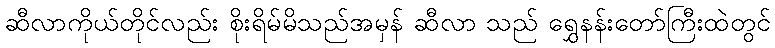
ဆီလာကိုယ်တိုင်လည်း စိုးရိမ်မိသည်အမှန် ဆီလာ သည် ရွှေနန်းတော်ကြီးထဲတွင်